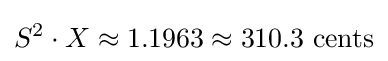
S^{2}\cdot X\approx 1.1963\approx 310.3{\text{ cents}}